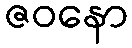
ဇဝနော